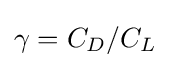
\gamma =C_{D}/C_{L}